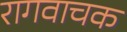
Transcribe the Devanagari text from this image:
रागवाचक